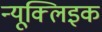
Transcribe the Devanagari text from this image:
न्यूक्‍लिइक